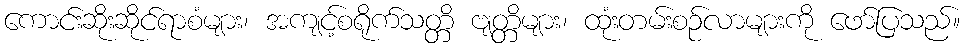
ကောင်းဆိုးဆိုင်ရာစံများ၊ အကျင့်စရိုက်သတ္တိ ဗျတ္တိများ၊ ထုံးတမ်းစဉ်လာများကို ဖော်ပြသည်။